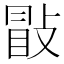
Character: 㪞